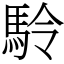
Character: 駖